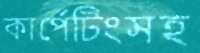
কার্পেটিংসহ